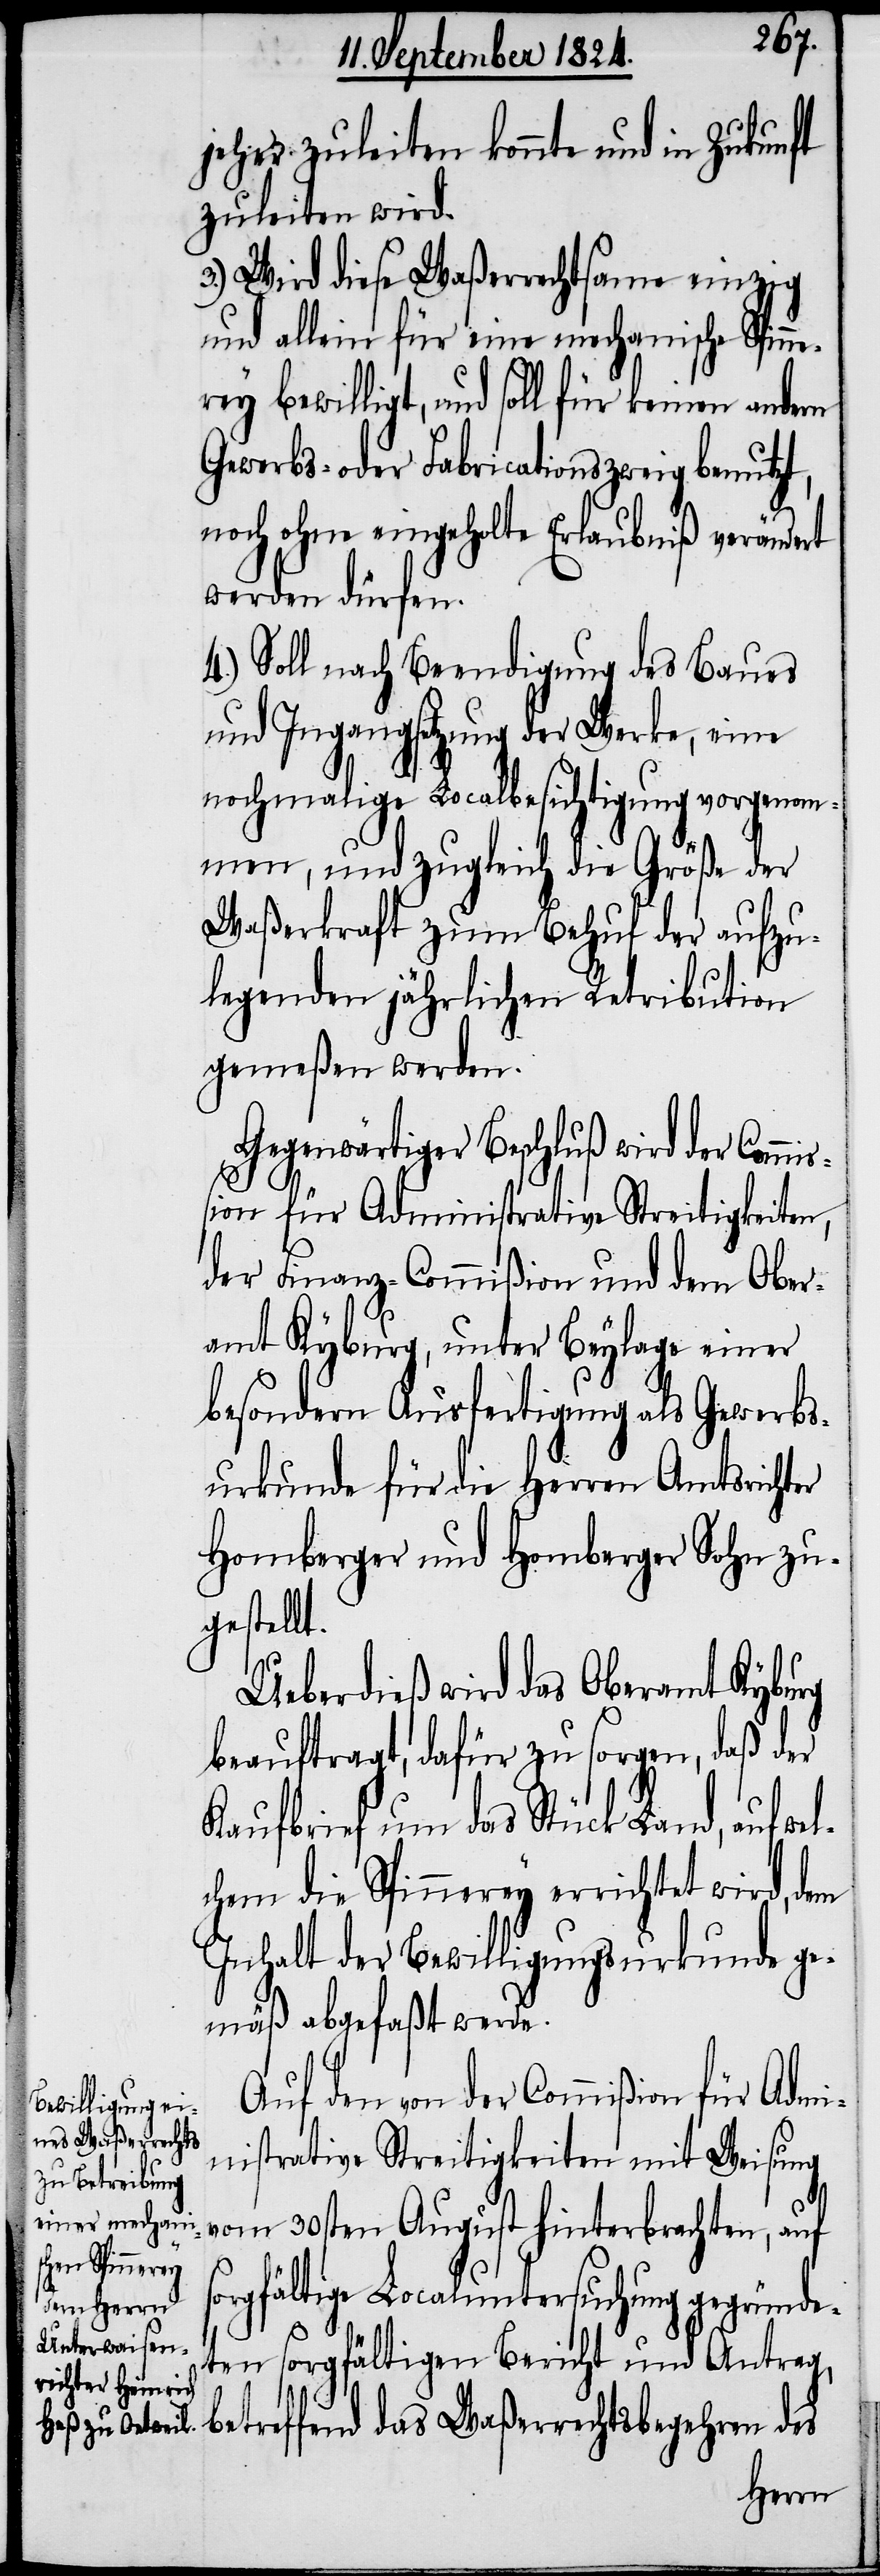
ne¬
jeher zuleiten konnte und in Zukunft
zuleiten wird.
3.) Wird diese Waßerrechtsame einzig
und allein für eine mechanische Spin¬
rey bewilligt, und soll für keinen andern
Gewerbs- oder Fabricationszweig benutzt,
noch ohne eingeholte Erlaubniß verändert
werden dürfen.
4.) Soll nach Beendigung des Baues
und Ingangsetzung der Werke, eine
nochmalige Localbesichtigung vorgenom¬
men, und zugleich die Größe der
Waßerkraft zum Behuf der aufzu¬
legenden jährlichen Retribution
gemeßen werden.
Gegenwärtiger Beschluß wird der Comm¬
ißion für Administrative Streitigkeiten,
der Finanz-Commißion und dem Ober¬
amt Kyburg, unter Beylage einer
besondern Ausfertigung als Gewerbs¬
urkunde für die Herren Amtsrichter
Homberger und Homberger Sohn zu¬
gestellt.
Ueberdieß wird das Oberamt Kyburg
beauftragt, dafür zu sorgen, daß der
Kaufbrief um das Stück Land, auf wel¬
chem die Spinnerey errichtet wird, dem
Inhalt der Bewilligungsurkunde ge¬
mäß abgefaßt werde.
Auf den von der Commißion für Admi¬
nistrative Streitigkeiten mit Weisung
vom 30sten August hinterbrachten, auf
sorgfältige Localuntersuchung gegründe¬
ten sorgfältigen Bericht und Antrag,
betreffend das Waßerrechtsbegehren des